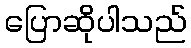
ပြောဆိုပါသည်